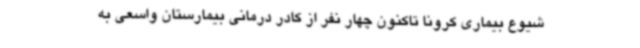
شیوع بیماری کرونا تاکنون چهار نفر از کادر درمانی بیمارستان واسعی به